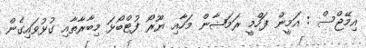
އިމޭޖްސް : އަމީން ފަހްމީ ރަމަޟާން މަހާއި ޔޫރޯ ފުޓްބޯޅަ މިބާރާތާއި ގުޅުވައިގެން